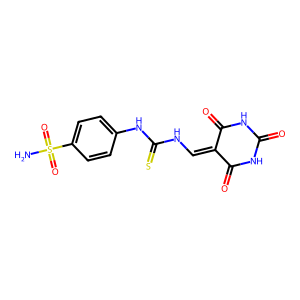
SMILES: NS(=O)(=O)c1ccc(NC(=S)NC=C2C(=O)NC(=O)NC2=O)cc1
Inhibits HIV replication: No